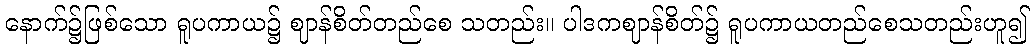
နောက်၌ဖြစ်သော ရူပကာယ၌ ဈာန်စိတ်တည်စေ သတည်း။ ပါဒကဈာန်စိတ်၌ ရူပကာယတည်စေသတည်းဟူ၍